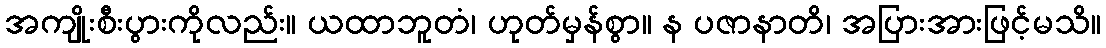
အကျိုးစီးပွားကိုလည်း။ ယထာဘူတံ၊ ဟုတ်မှန်စွာ။ န ပဇာနာတိ၊ အပြားအားဖြင့်မသိ။